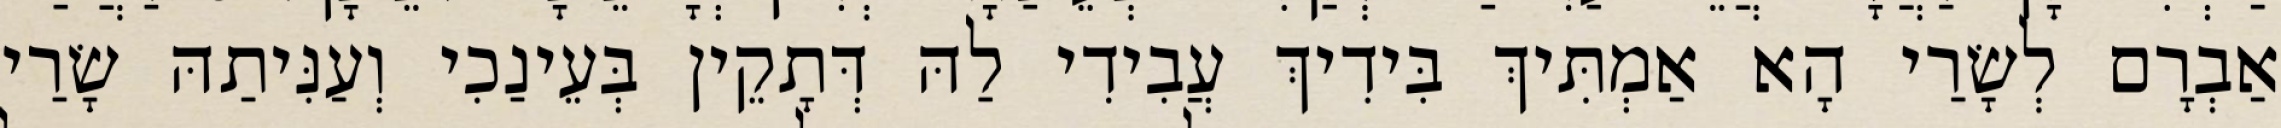
אַבְרָם לְשָׂרַי הָא אַמְתִּיךְ בִּידִיךְ עֲבִידִי לַהּ דְּתָקֵין בְּעֵינַכִי וְעַנִּיתַהּ שָׂרַי